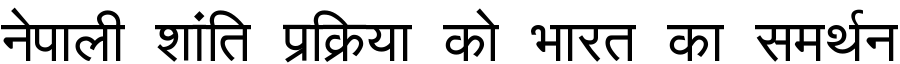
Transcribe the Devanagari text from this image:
नेपाली शांति प्रक्रिया को भारत का समर्थन